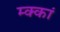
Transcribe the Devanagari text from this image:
म्क्कां